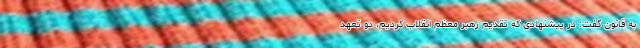
به قانون گفت: در پیشنهادی که تقدیم رهبر معظم انقلاب کردیم، دو تعهد